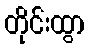
တိုင်းထွာ